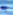
به